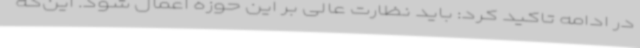
در ادامه تاکید کرد: باید نظارت عالی بر این حوزه اعمال شود. این‌که